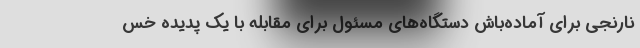
نارنجی برای آماده‌باش دستگاه‌های مسئول برای مقابله با یک پدیده خس